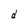
Character: d